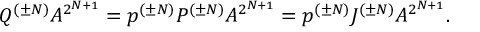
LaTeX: Q ^ { ( \pm N ) } A ^ { 2 ^ { N + 1 } } = p ^ { ( \pm N ) } P ^ { ( \pm N ) } A ^ { 2 ^ { N + 1 } } = p ^ { ( \pm N ) } { \cal J } ^ { ( \pm N ) } A ^ { 2 ^ { N + 1 } } .